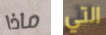
ماذا التي